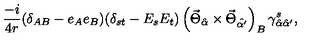
\frac { - i } { 4 r } ( \delta _ { A B } - e _ { A } e _ { B } ) ( \delta _ { s t } - E _ { s } E _ { t } ) \left( \vec { \Theta } _ { \hat { \alpha } } \times \vec { \Theta } _ { \hat { \alpha ^ { \prime } } } \right) _ { B } \gamma _ { \hat { \alpha } \hat { \alpha } ^ { \prime } } ^ { s } ,